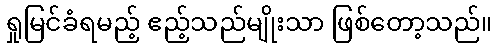
ရှုမြင်ခံရမည့် ဧည့်သည်မျိုးသာ ဖြစ်တော့သည်။